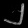
Digit: ၂